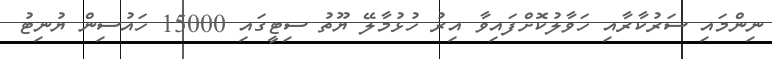
ނިންމައި ސަރުކާރާއި ހަވާލުކޮށްފައިވާ އިރު ހުޅުމާލޭ ޔޫތު ސިޓީގައި 15000 ހައުސިން ޔުނިޓު